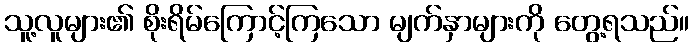
သူ့လူများ၏ စိုးရိမ်ကြောင့်ကြသော မျက်နှာများကို တွေ့ရသည်။